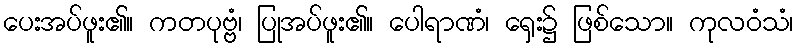
ပေးအပ်ဖူး၏။ ကတပုဗ္ဗံ၊ ပြုအပ်ဖူး၏။ ပေါရာဏံ၊ ရှေး၌ ဖြစ်သော။ ကုလဝံသံ၊